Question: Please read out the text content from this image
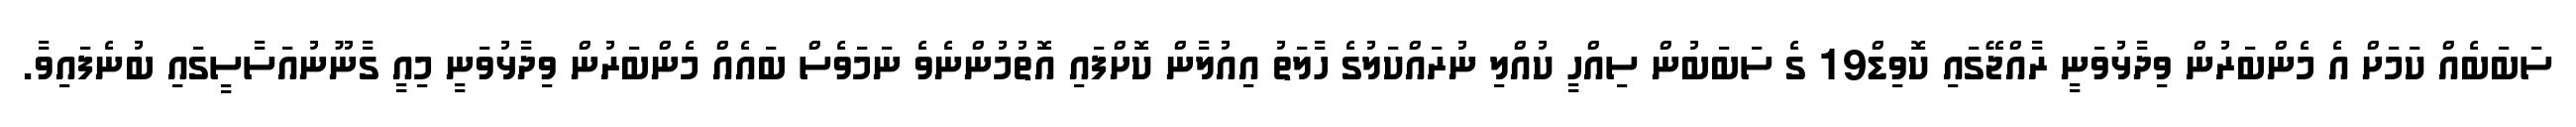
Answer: ސަބަބެއް ކަމަށް އެ މެންބަރުން ވިދާޅުވަނީ ރާއްޖޭގައި ކޮވިޑް19 ގެ ސަބަބުން ސިއްހީ ކުއްލި ނުރައްކަލުގެ ހާލަތު އިއުލާން ކޮށްފައި އޮތުމުންނެވެ ނަމަވެސް ބައެއް މެންބަރުން ވިދާޅުވަނީ މިއީ ގާނޫނުއަސާސީގައި ބުނެފައިވާ.